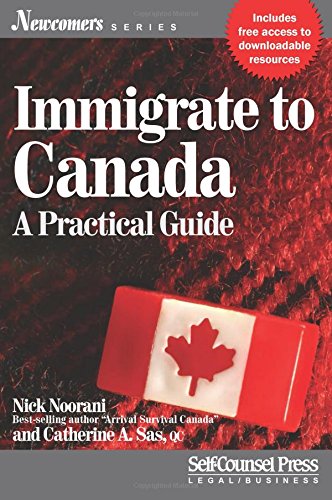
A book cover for Immigrate to Canada: A Practical Guide (Newcomers Series); Nick Noorani; Law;